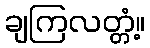
ချကြလတ္တံ့။